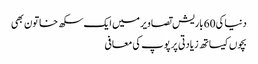
دنیا کی 60 باریش تصاویر میں ایک سکھ خاتون بھی
بچوں کیساتھ زیادتی پر پوپ کی معافی